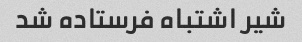
شیر اشتباه فرستاده شد